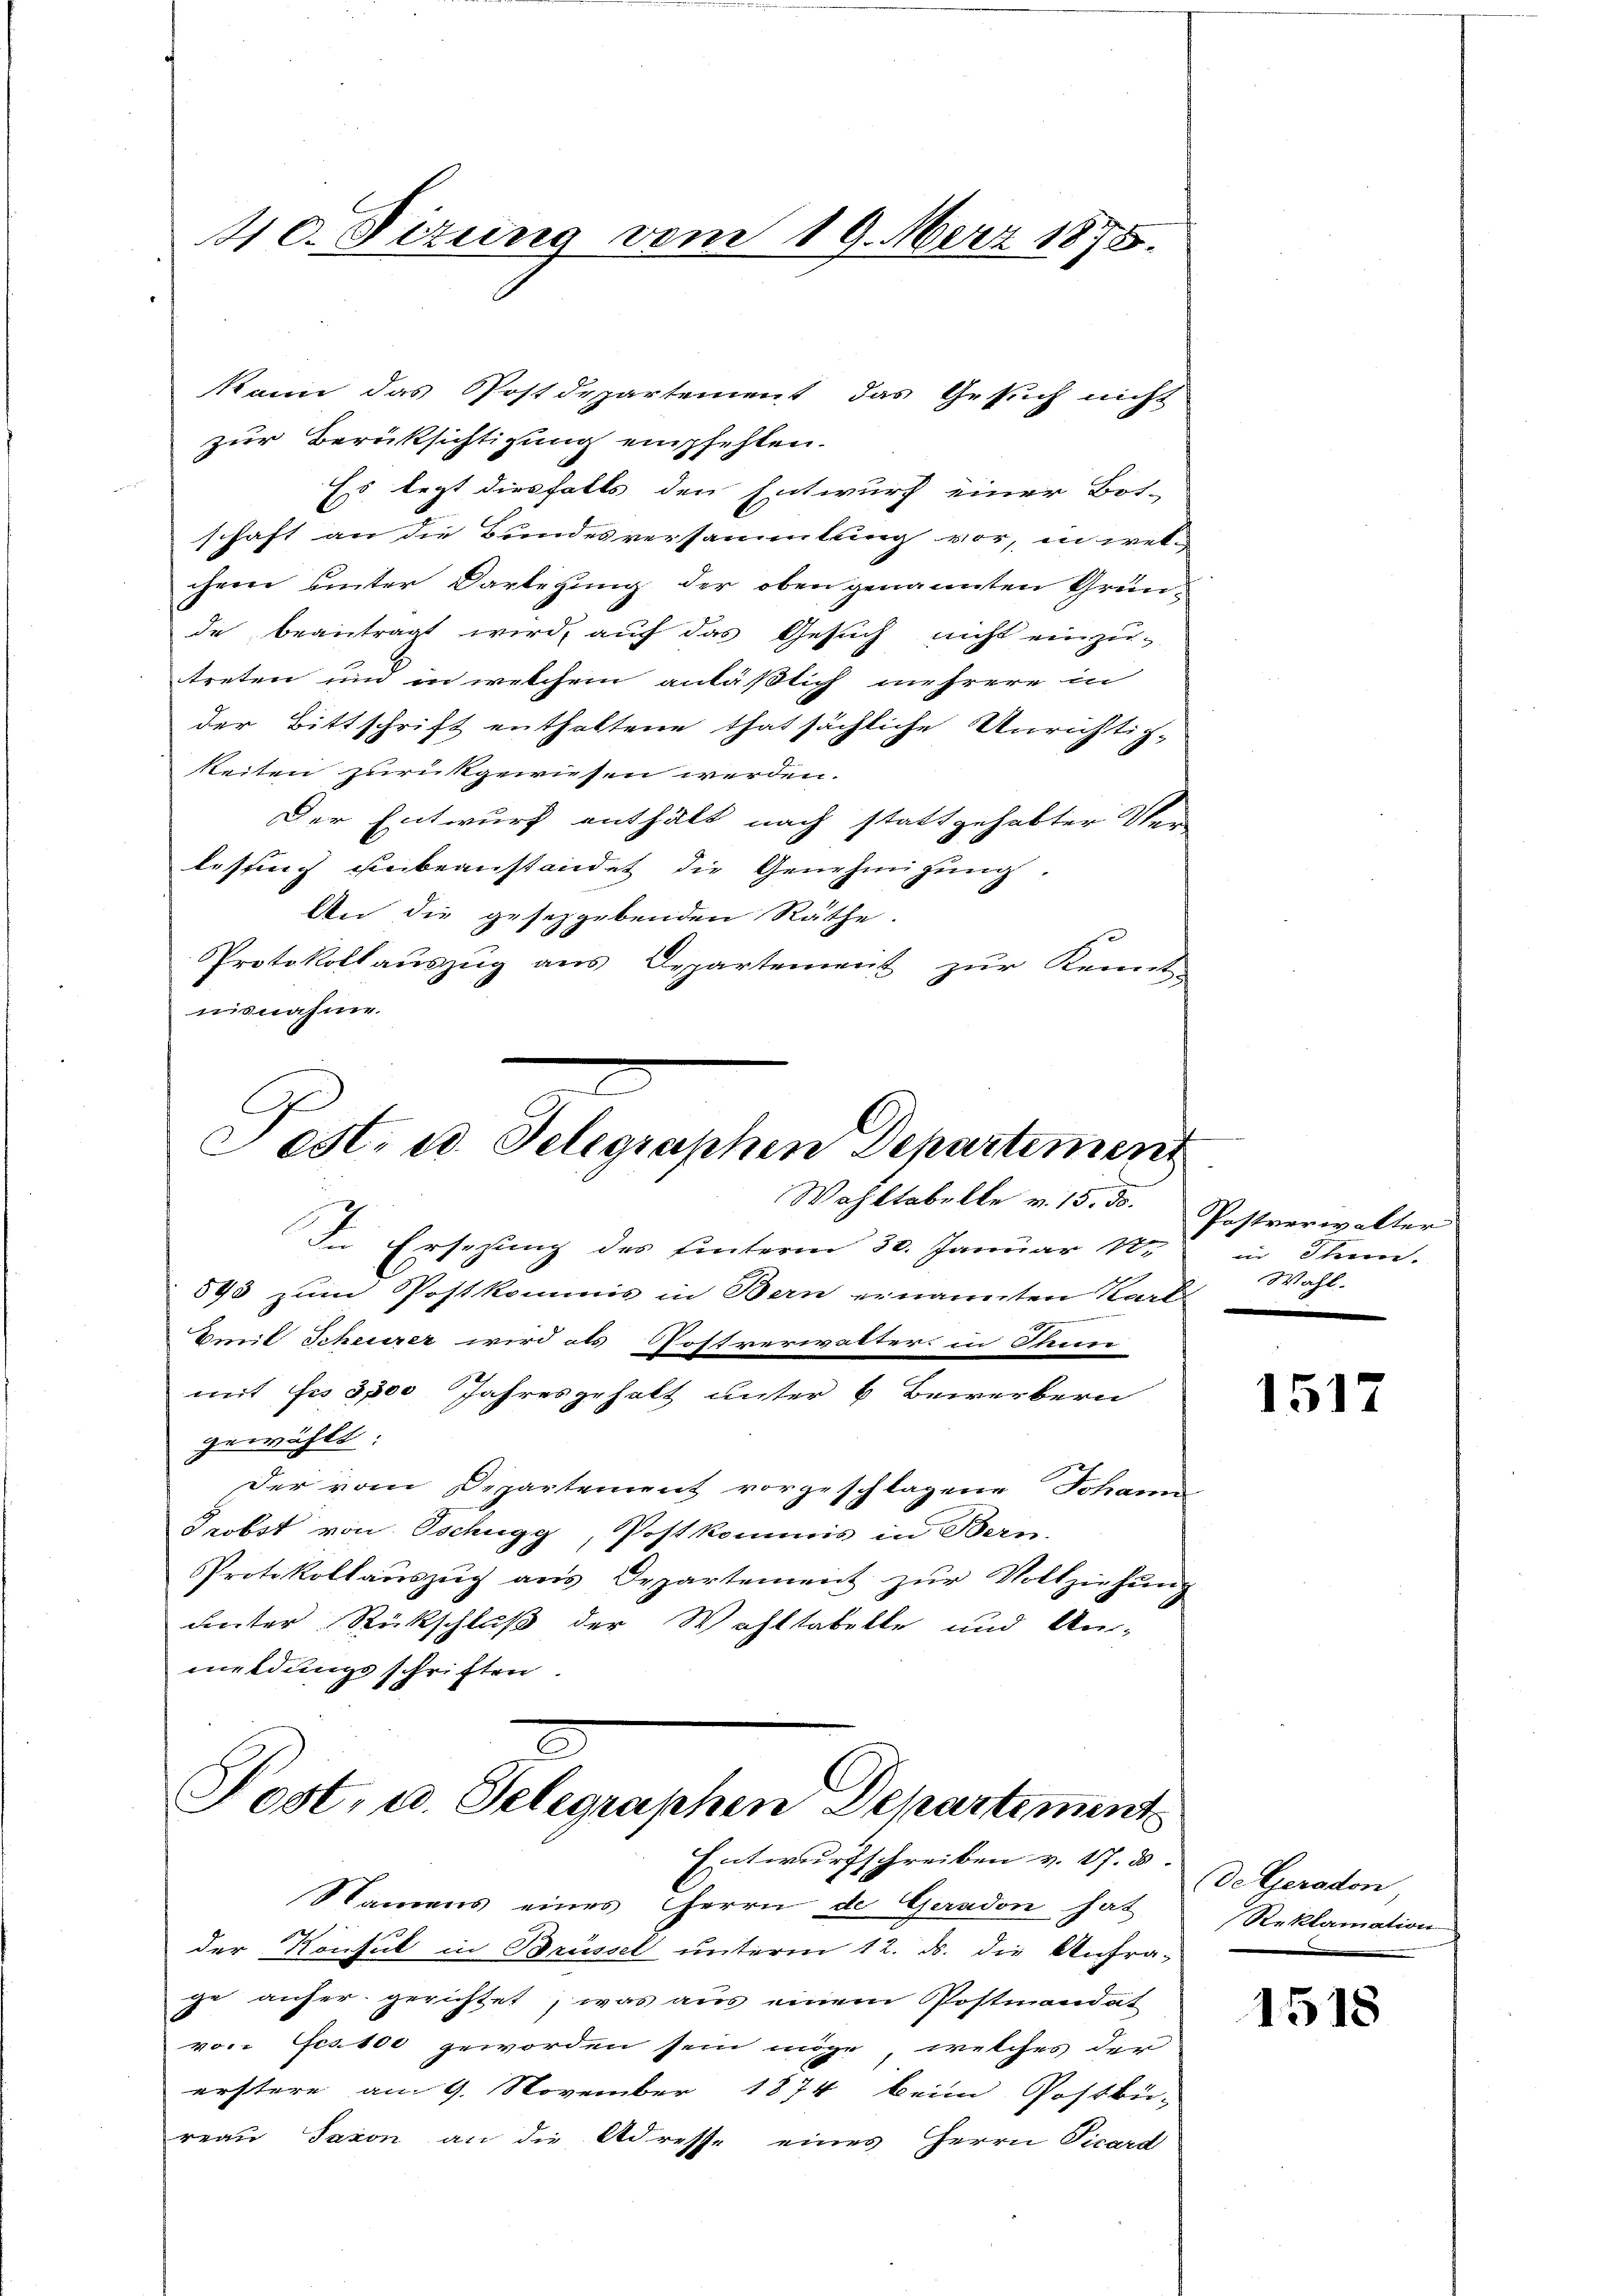
410. Dezung vom 19. März 1875.

kann das Postdepartement das Gesuch nicht
zur Berücksichtigung empfehlen.
Es legt diesfalls den Entwurf einer Bot-
schaft an die Bundesversammlung vor, in wel-
chem unter Darlegung der oben genannten Gründe beantragt wird, auf das Gesuch nicht einzu-
treten und in welchem anläßlich mehrere in
der Bittschrift enthaltene thatsächliche Unrichtig-
Reiten zurückgewiesen werden.
Der Entwurf enthält nach stattgehabter Ver-
lesung unbeanstandet die Genehmigung.
An die gesetzgebenden Räthe.
Protokollauszug aus Departement zur Kennt-
nisnahme.
C
est. u. Telegraphen Departement
Wahltabelle v. 15. 50.
In Ersezung des hinterm 30. Januar 18
593 zum Postkommis in Bern ernannten Karte
Omit Scheuerer wird als Postverwalter in Theen
mit bis 3,500 Jahresgehalt unter 6 Bewerbern
gewählt:
Der vom Departement vorgeschlagene Johann
Terbst von Tschugg, Postkommis in Bern.
Protokollaŭszŭg ans Departement zŭr Vollziehŭng
unter Rückschluß der Wohltabelle und Un-
meldungsschriften
2
Post, u. Selegraphen Departement

Entwurfschreiben v. 17. 5. de Geraden,
Namens eines Herrn de Geraden hat
der Konsul in Brüssel unterm 12. ds. die Anfra-
ge anfer gerichtet, was aus einem Postmandat
von Ges. 100 geworden sein möge, welches der
erstere am 9. November 1874 beim Postbü-
reau Saxon an die Adresse eines Herrn Vicard

Postverwalter
in Thun.
Wahl.

1517

Reklamation

1518